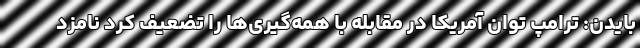
بایدن: ترامپ توان آمریکا در مقابله با همه‌گیری‌ها را تضعیف کرد نامزد